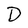
Character: D